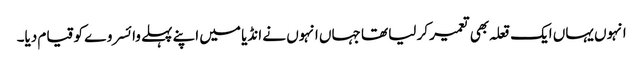
انہوں یہاں ایک قعلہ بھی تعمیر کر لیا تھا جہاں انہوں نے انڈیا میں اپنے پہلے وائسروے کو قیام دیا۔